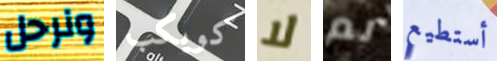
ونرحل كويكب لا لم أستطيع